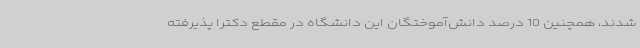
شدند، همچنین 10 درصد دانش‌آموختگان این دانشگاه در مقطع دکترا پذیرفته